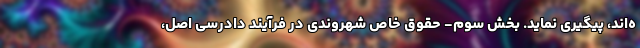
ه‌اند، پیگیری نماید. بخش سوم- حقوق خاص شهروندی در فرآیند دادرسی اصل،